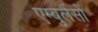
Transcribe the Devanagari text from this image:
एम्बुलैंसों